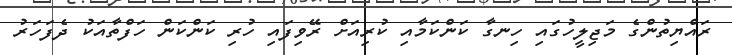
ރައްޔިތުންގެ މަޖިލީހުގައި ހިނގާ ކަންކަމާއި ކުރިއަށް ރޭވިފައި ހުރި ކަންކަން ހަފްތާއަކު ދެފަހަރު